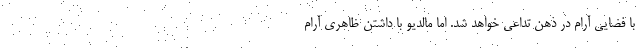
با فضایی آرام در ذهن تداعی خواهد شد. اما مالدیو با داشتن ظاهری آرام